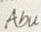
Abu